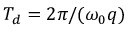
T _ { d } = 2 \pi / ( \omega _ { 0 } q )